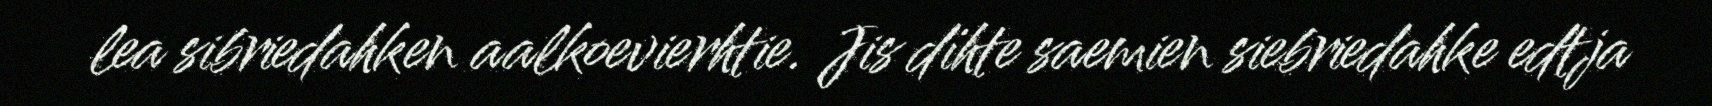
lea sibriedahken aalkoevierhtie. Jis dïhte saemien siebriedahke edtja